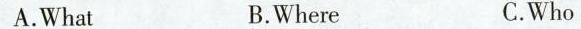
A.What B.Where C.Who